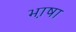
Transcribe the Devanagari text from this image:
भा़षा